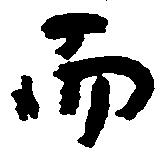
而